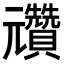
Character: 𠓕